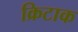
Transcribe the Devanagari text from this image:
क्रिटाक